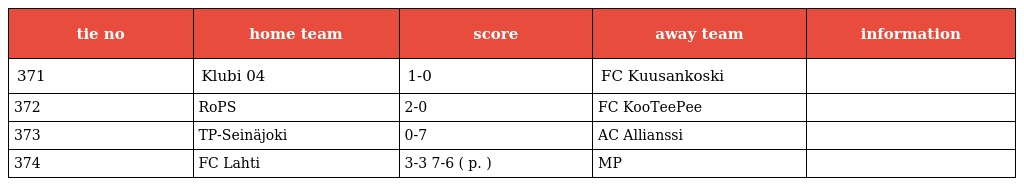
| tie no | home team | score | away team | information |
 | --- | --- | --- | --- | --- |
 | 371 | Klubi 04 | 1-0 | FC Kuusankoski |  |
 | 372 | RoPS | 2-0 | FC KooTeePee |  |
 | 373 | TP-Seinäjoki | 0-7 | AC Allianssi |  |
 | 374 | FC Lahti | 3-3 7-6 ( p. ) | MP |  |